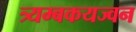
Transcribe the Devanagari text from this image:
त्र्यम्बकयज्वन